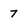
Character: 7